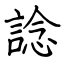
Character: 諗